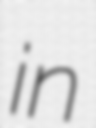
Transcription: in